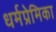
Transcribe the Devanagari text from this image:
धर्मप्रेमिका